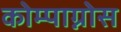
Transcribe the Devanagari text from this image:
कोम्पाग्नोस